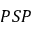
P S P